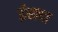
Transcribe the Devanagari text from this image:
ईरादा